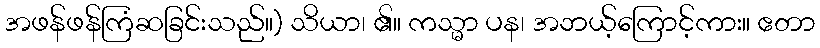
အဖန်ဖန်ကြံဆခြင်းသည်။) သိယာ၊ ၏။ ကသ္မာ ပန၊ အဘယ့်ကြောင့်ကား။ ဧတာ